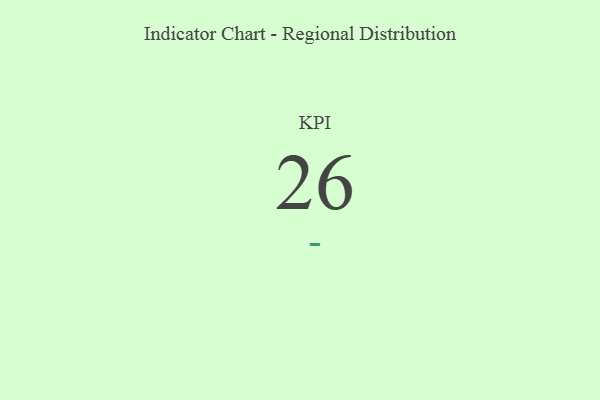
{"axis": {"x": "KPI", "y": "Value"}, "legend": [""], "data": [{"x": "KPI", "y": 26, "type": ""}]}